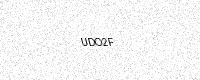
Text: UDO2F